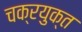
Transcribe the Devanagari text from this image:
चक्रयुक्त